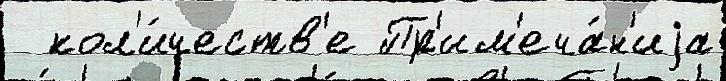
  кол'и́честв'е Пр'им'еча́н'иjа